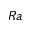
R a